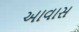
આવાસ